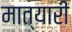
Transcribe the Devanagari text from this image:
मात्यारी